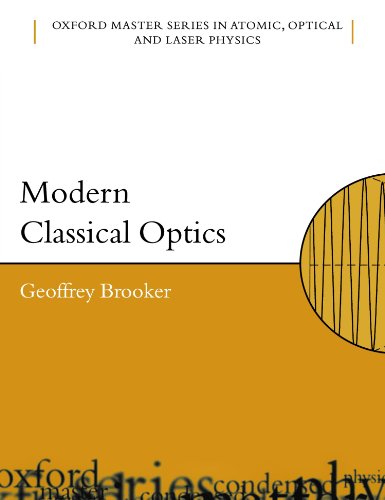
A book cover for Modern Classical Optics (Oxford Master Series in Atomic, Optical and Laser Physics); Geoffrey Brooker; Science & Math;